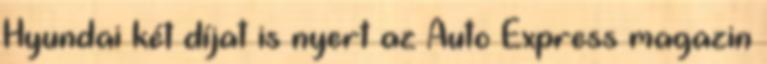
Hyundai két díjat is nyert az Auto Express magazin